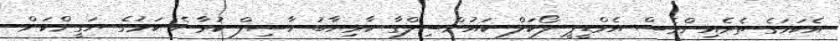
އެކަމަގެ ތެރެއިންވެސް އެމްޑީޕީ ލޯކަލް ކައުންސިލްގާ ކާމިޔާބު ހާސިލް ކުރާނެ ކަމުގެ ޔަގީންކަން